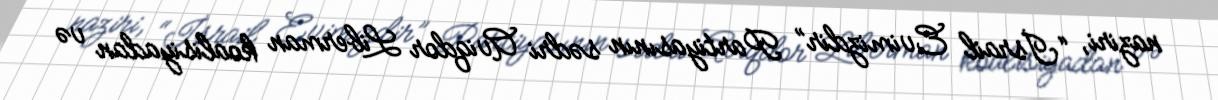
naziri, “İsrail Evimizdir” Partiyasının sədri Aviqdor Liberman koalisiyadan və